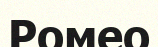
Ромео